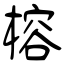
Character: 榕